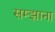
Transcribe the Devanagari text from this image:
सम्झाना